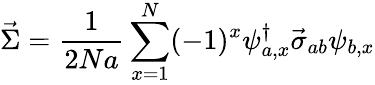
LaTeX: \vec{\Sigma}=\frac{1}{2Na}\sum_{x=1}^{N}(-1)^{x}\psi_{a,x}^{\dagger}\vec{\sigma}_{ab}\psi_{b,x}